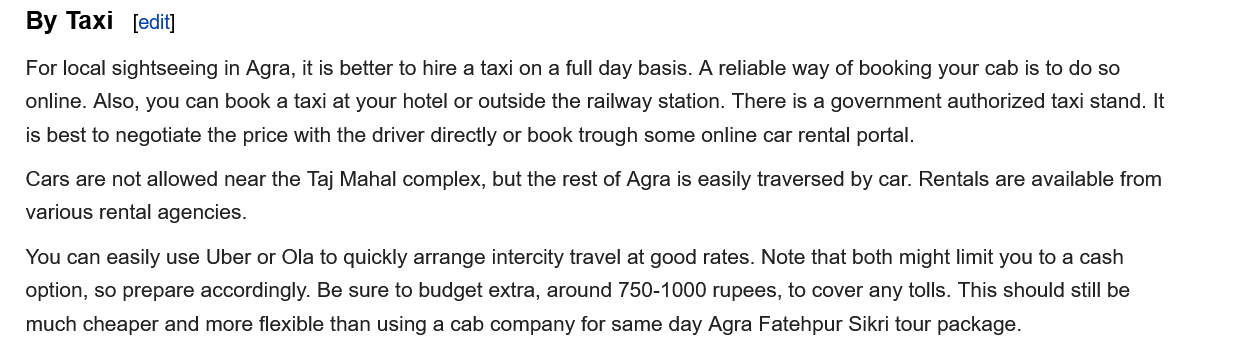
By  Taxi  [edit]
   For local sightseeing in Agra, it is better to hire a taxi on a full day basis. A reliable way of booking your cab is to do so
   online. Also, you can book a taxi at your hotel or outside the railway station. There is a government authorized taxi stand. It
   is best to negotiate the price with the driver directly or book trough some online car rental portal.
   Cars are not allowed near the Taj Mahal complex, but the rest of Agra is easily traversed by car. Rentals are available from
   various rental agencies.
   You can easily use Uber or Ola to quickly arrange intercity travel at good rates. Note that both might limit you to a cash
   option, so prepare accordingly. Be sure to budget extra, around 750-1000 rupees, to cover any tolls. This should still be
   much cheaper and more flexible than using a cab company for same day Agra Fatehpur Sikri tour package.